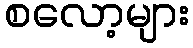
စလော့များ